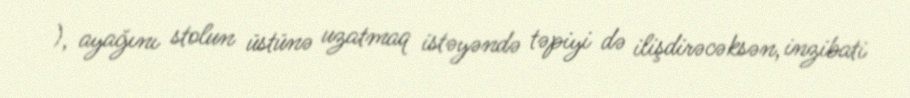
), ayağını stolun üstünə uzatmaq istəyəndə təpiyi də ilişdirəcəksən, inzibati